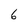
Character: 6